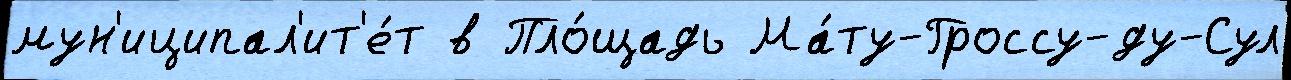
мун'иципал'ит'е́т в Пло́щадь Ма́ту-Гроссу-ду-Сул